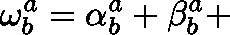
\mathbf { \omega } _ { b } ^ { a } = \mathbf { \alpha } _ { b } ^ { a } + \mathbf { \beta } _ { b } ^ { a } +